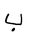
Letter: _ba